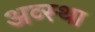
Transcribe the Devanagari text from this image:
अव्स्था